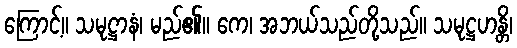
ကြောင့်။ သမုဋ္ဌာနံ၊ မည်၏။ ကေ၊ အဘယ်သည်တို့သည်။ သမုဋ္ဌဟန္တိ၊